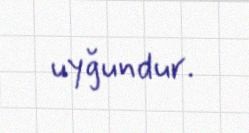
uyğundur.